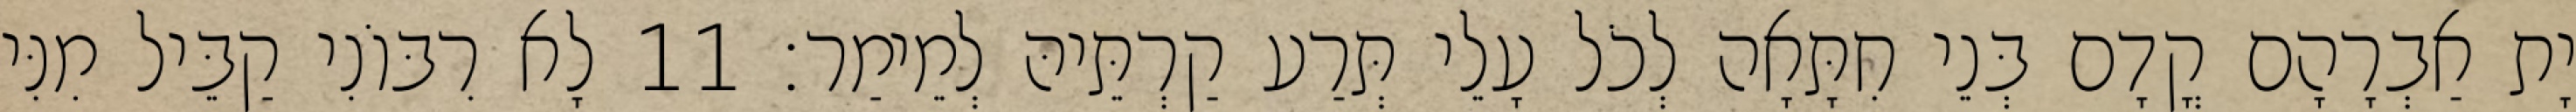
יָת אַבְרָהָם קֳדָם בְּנֵי חִתָּאָה לְכֹל עָלֵי תְּרַע קַרְתֵּיהּ לְמֵימַר׃ 11 לָא רִבּוֹנִי קַבֵּיל מִנִּי